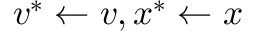
v ^ { * } \leftarrow v , x ^ { * } \leftarrow x